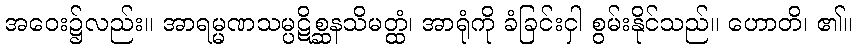
အဝေး၌လည်း။ အာရမ္မဏသမ္ပဋိစ္ဆနသိမတ္ထံ၊ အာရုံကို ခံခြင်းငှါ စွမ်းနိုင်သည်။ ဟောတိ၊ ၏။